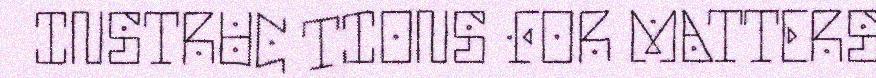
INSTRUC TIONS FOR MATTERS